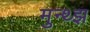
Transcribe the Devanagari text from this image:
मुन्थ्झ